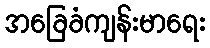
အခြေခံကျန်းမာရေး